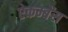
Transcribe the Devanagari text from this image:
ऐकम्बेंस